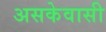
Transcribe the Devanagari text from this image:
असकेवासी